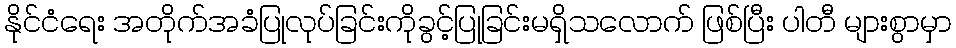
နိုင်ငံရေး အတိုက်အခံပြုလုပ်ခြင်းကိုခွင့်ပြုခြင်းမရှိသလောက် ဖြစ်ပြီး ပါတီ များစွာမှာ